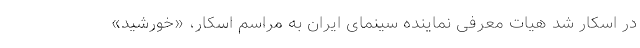
در اسکار شد هیات معرفی نماینده سینمای ایران به مراسم اسکار، «خورشید»